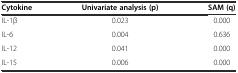
<table><thead><tr><td><b>Cytokine</b></td><td><b>Univariate analysis (p)</b></td><td><b>SAM (q)</b></td></tr></thead><tbody><tr><td>IL-1β</td><td>0.023</td><td>0.000</td></tr><tr><td>IL-6</td><td>0.004</td><td>0.636</td></tr><tr><td>IL-12</td><td>0.041</td><td>0.000</td></tr><tr><td>IL-15</td><td>0.006</td><td>0.000</td></tr></tbody></table>